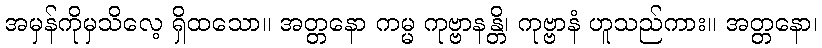
အမှန်ကိုမှသိလေ့ ရှိထသော။ အတ္တနော ကမ္မ ကုဗ္ဗာနန္တိ၊ ကုဗ္ဗာနံ ဟူသည်ကား။ အတ္တနော၊